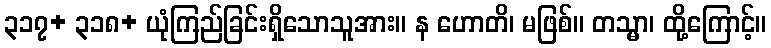
၃၁၇+ ၃၁၈+ ယုံကြည်ခြင်းရှိသောသူအား။ န ဟောတိ၊ မဖြစ်။ တသ္မာ၊ ထို့ကြောင့်။